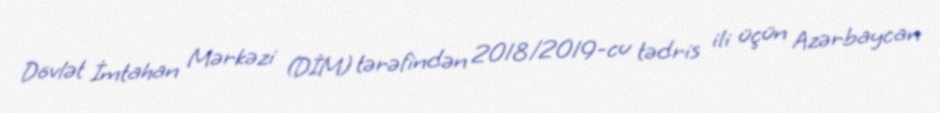
Dövlət İmtahan Mərkəzi (DİM) tərəfindən 2018/2019-cu tədris ili üçün Azərbaycan